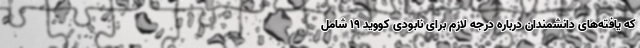
که یافته‌های دانشمندان درباره درجه لازم برای نابودی کووید ۱۹ شامل